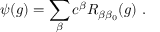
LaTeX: \psi ( g ) = \sum _ { \beta } c ^ { \beta } R _ { \beta \beta _ { 0 } } ( g ) ~ .